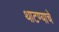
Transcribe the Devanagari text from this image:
थाटण्याचे